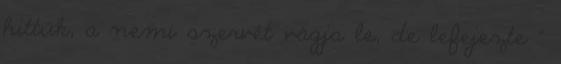
hittük, a nemi szervét vágja le, de lefejezte ”